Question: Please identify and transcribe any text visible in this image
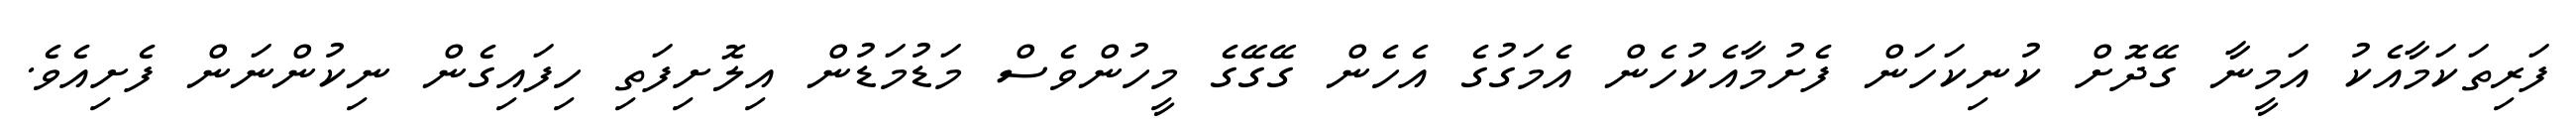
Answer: ފަރިތަކަމާއެކު އަމީނާ ގޭދޮށް ކުނިކަހަން ފެށުމާއެކުހެން އެމަގުގެ އެހެން ގޭގޭގެ މީހުންވެސް މަޑުމަޑުން އިލޮށިފަތި ހިފައިގެން ނިކުންނަން ފެށިއެވެ.